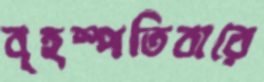
বৃহস্পতিবারে